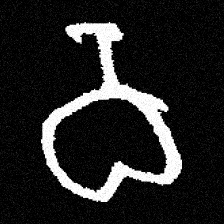
Pyu character \u2014 Myanmar letter: ဝ (romanized: wa)